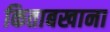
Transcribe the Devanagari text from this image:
किताबखाना